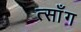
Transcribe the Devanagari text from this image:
त्साँग